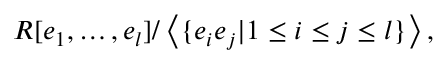
R [ e _ { 1 } , \ldots , e _ { l } ] / \left\langle \{ e _ { i } e _ { j } | 1 \leq i \leq j \leq l \} \right\rangle ,